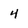
Character: 4